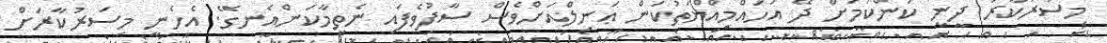
މިސަރުކާރު ދީނީ ކަންކަމަށް ދޭ އަހައްމިއްޔަތުކަން ޢަނިލްއަށްވެސް ސާފުވެފައި ނެތީމާކަންއެނގޭ. އެހެނީ މިސަރުކާރަށް